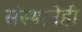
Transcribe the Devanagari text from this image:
संस्थानेही